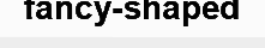
fancy-shaped